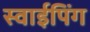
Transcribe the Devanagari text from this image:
स्वाईपिंग